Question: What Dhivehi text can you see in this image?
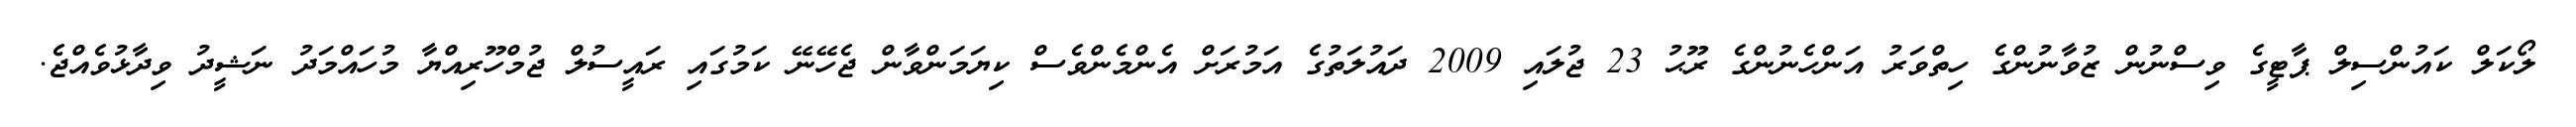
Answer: ލޯކަލް ކައުންސިލް ޕާޓީގެ ވިސްނުން ޒުވާނުންގެ ހިތްވަރު އަންހެނުންގެ ރޫޙު 23 ޖުލައި 2009 ދައުލަތުގެ އަމުރަށް އެންމެންވެސް ކިޔަމަންވާން ޖެހޭނޭ ކަމުގައި ރައީސުލް ޖުމްހޫރިއްޔާ މުހައްމަދު ނަޝީދު ވިދާޅުވެއްޖެ.